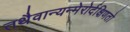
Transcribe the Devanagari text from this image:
तथैवान्यन्मेरोर्दक्षिणतो